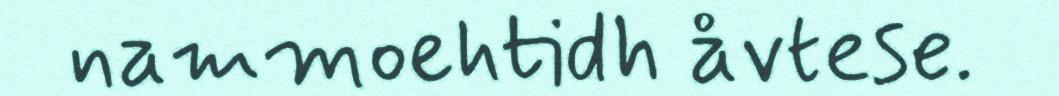
nammoehtidh åvtese.